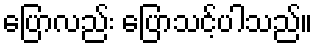
ပြောလည်း ပြောသင့်ပါသည်။